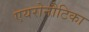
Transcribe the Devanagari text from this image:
एयरोनौटिका